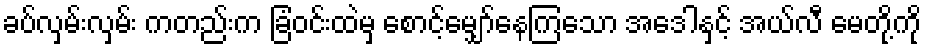
ခပ်လှမ်းလှမ်း ကတည်းက ခြံဝင်းထဲမှ စောင့်မျှော်နေကြသော အေဒါနှင့် အယ်လီ မေတို့ကို